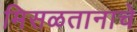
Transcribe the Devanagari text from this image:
मिसळतानाचे